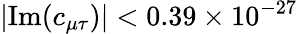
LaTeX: |\mathrm{Im}(c_{\mu\tau})|<0.39\times 10^{-27}